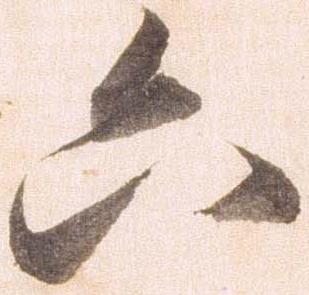
六